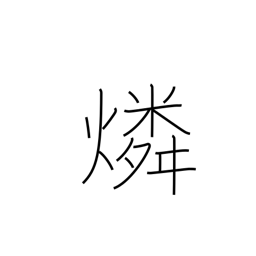
Meaning: phosphorus